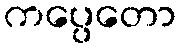
ကပ္ပေတော